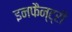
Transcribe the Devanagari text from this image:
इनफैन्ट्री